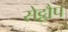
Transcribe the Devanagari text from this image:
सेट्टौप